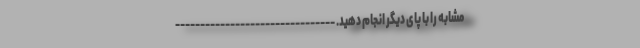
مشابه را با پای دیگر انجام دهید. --------------------------------